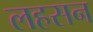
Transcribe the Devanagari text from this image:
लहसन